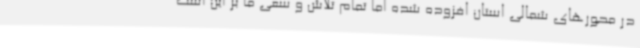
در محورهای شمالی استان افزوده شده اما تمام تلاش و سعی ما بر این است